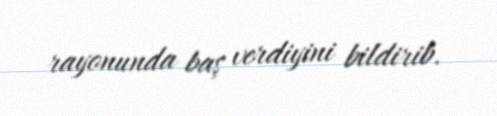
rayonunda baş verdiyini bildirib.